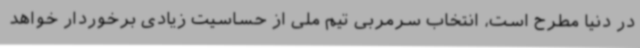
در دنیا مطرح است، انتخاب سرمربی تیم ملی از حساسیت زیادی برخوردار خواهد